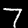
Label: 7